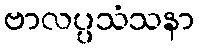
ဗာလပ္ပသံသနာ